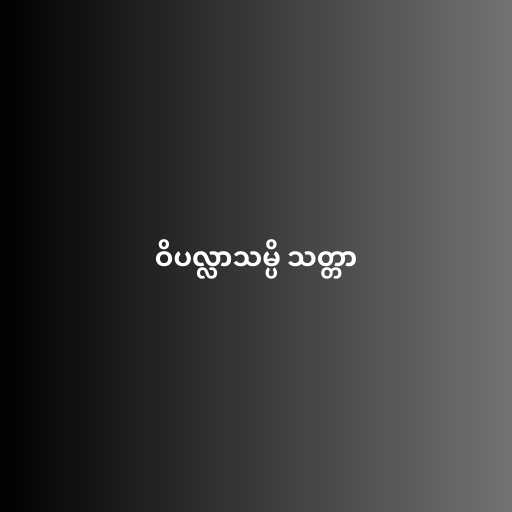
ဝိပလ္လာသမ္ပိ သတ္တာ